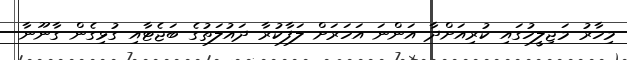
މިހާރު މަޖިލީހުގައި ކުރިއަށްދާ އަންނަ އަހަރަށް ލަފާކުރާ ދައުލަތުގެ ބަޖެޓާއި ގުޅިގެން ގާނޫނާ